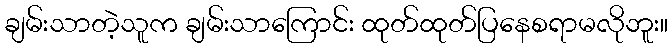
ချမ်းသာတဲ့သူက ချမ်းသာကြောင်း ထုတ်ထုတ်ပြနေစရာမလိုဘူး။